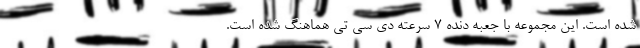
شده است. این مجموعه با جعبه دنده 7 سرعته دی سی تی هماهنگ شده است.